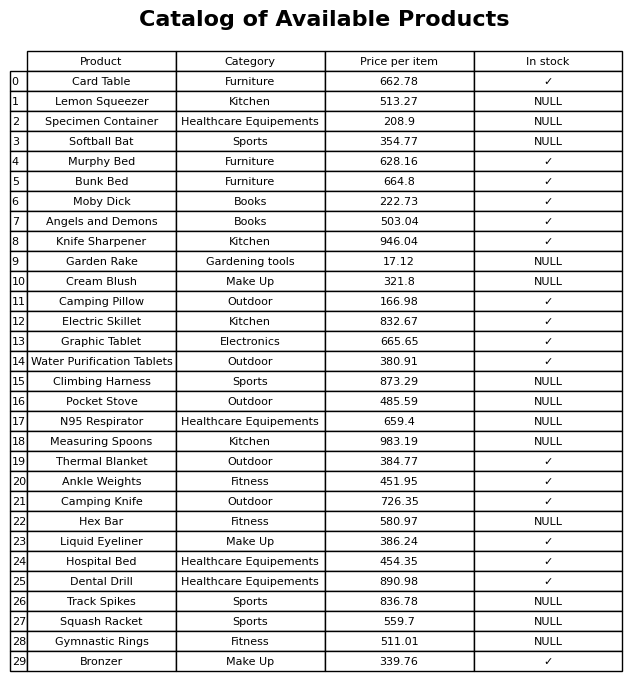
question: What is the price for Track Spikes?
answer: The price of Track Spikes is 836.78.